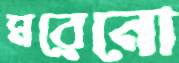
মরেনো